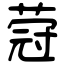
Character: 蒄